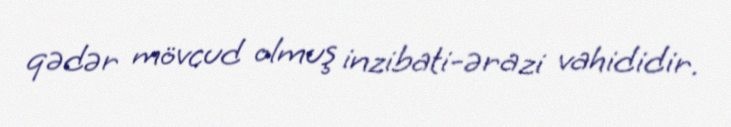
qədər mövcud olmuş inzibati-ərazi vahididir.